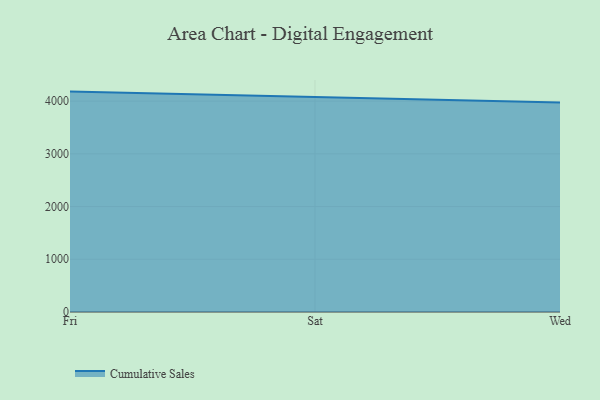
{"axis": {"x": "Day", "y": "Net Income (USD K)"}, "legend": ["Cumulative Sales"], "data": [{"x": "Fri", "y": 4180.3, "type": "Cumulative Sales"}, {"x": "Sat", "y": 4071.3, "type": "Cumulative Sales"}, {"x": "Wed", "y": 3972.5, "type": "Cumulative Sales"}]}